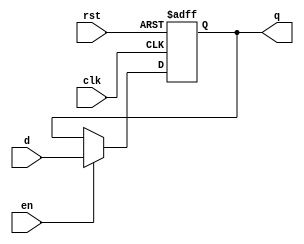
`timescale 1ns / 1ps
//////////////////////////////////////////////////////////////////////////////////
// Company: 
// Engineer: 
// 
// Design Name: 
// Module Name: pc
// Project Name: 
// Target Devices: 
// Tool Versions: 
// Description: 
// 
// Dependencies: 
// 
// Revision:
// Revision 0.01 - File Created
// Additional Comments:
// 
//////////////////////////////////////////////////////////////////////////////////


module pc #(parameter WIDTH = 32)(
	input wire clk,rst,en,
	input wire[WIDTH-1:0] d,
	output reg[WIDTH-1:0] q
    );
	always @(posedge clk,posedge rst) begin
		if(rst) begin
			q <= 0;
		end else if(en) begin
			/* code */
			q <= d;
		end
	end
endmodule